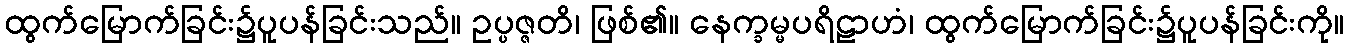
ထွက်မြောက်ခြင်း၌ပူပန်ခြင်းသည်။ ဥပ္ပဇ္ဇတိ၊ ဖြစ်၏။ နေက္ခမ္မပရိဠာဟံ၊ ထွက်မြောက်ခြင်း၌ပူပန်ခြင်းကို။